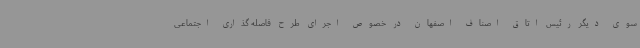
سوی دیگر رئیس اتاق اصناف اصفهان در خصوص اجرای طرح فاصله گذاری اجتماعی